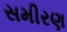
સમીરણ